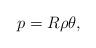
LaTeX: \begin{align*}p=R\rho\theta,\end{align*}